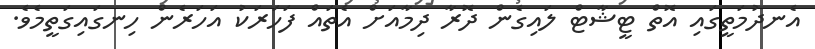
އެނދުމަތީގައި އޮތް ޓީޝާޓް ލައިގެން ދޮރާ ދިމާއަށް އެތައް ފަހަރަކު އަހަރެން ހިނގައިގަތީމެވެ.